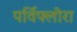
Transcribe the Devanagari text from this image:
पर्विफ्लोरा